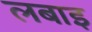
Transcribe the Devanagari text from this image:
लबाइ